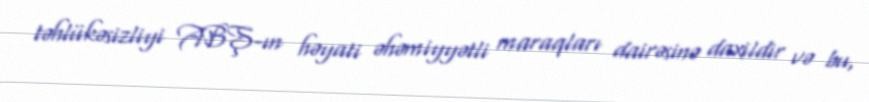
təhlükəsizliyi ABŞ-ın həyati əhəmiyyətli maraqları dairəsinə daxildir və bu,